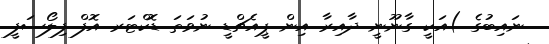
ނައިބުގެ )އަކީ ގާނޫނީ ދާއިރާ އިން ޕީއެޗްޑީ ނުވަތަ ޑޮކްޓަރ އޮފް ފިލޯސަފީ